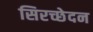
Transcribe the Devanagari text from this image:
सिरच्छेदन